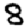
Digit: 8